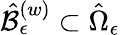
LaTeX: \hat{\mathcal{B}}_{\epsilon}^{\left(w\right)}\subset\hat{\Omega}_{\epsilon}